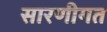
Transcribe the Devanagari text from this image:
सारणीगत